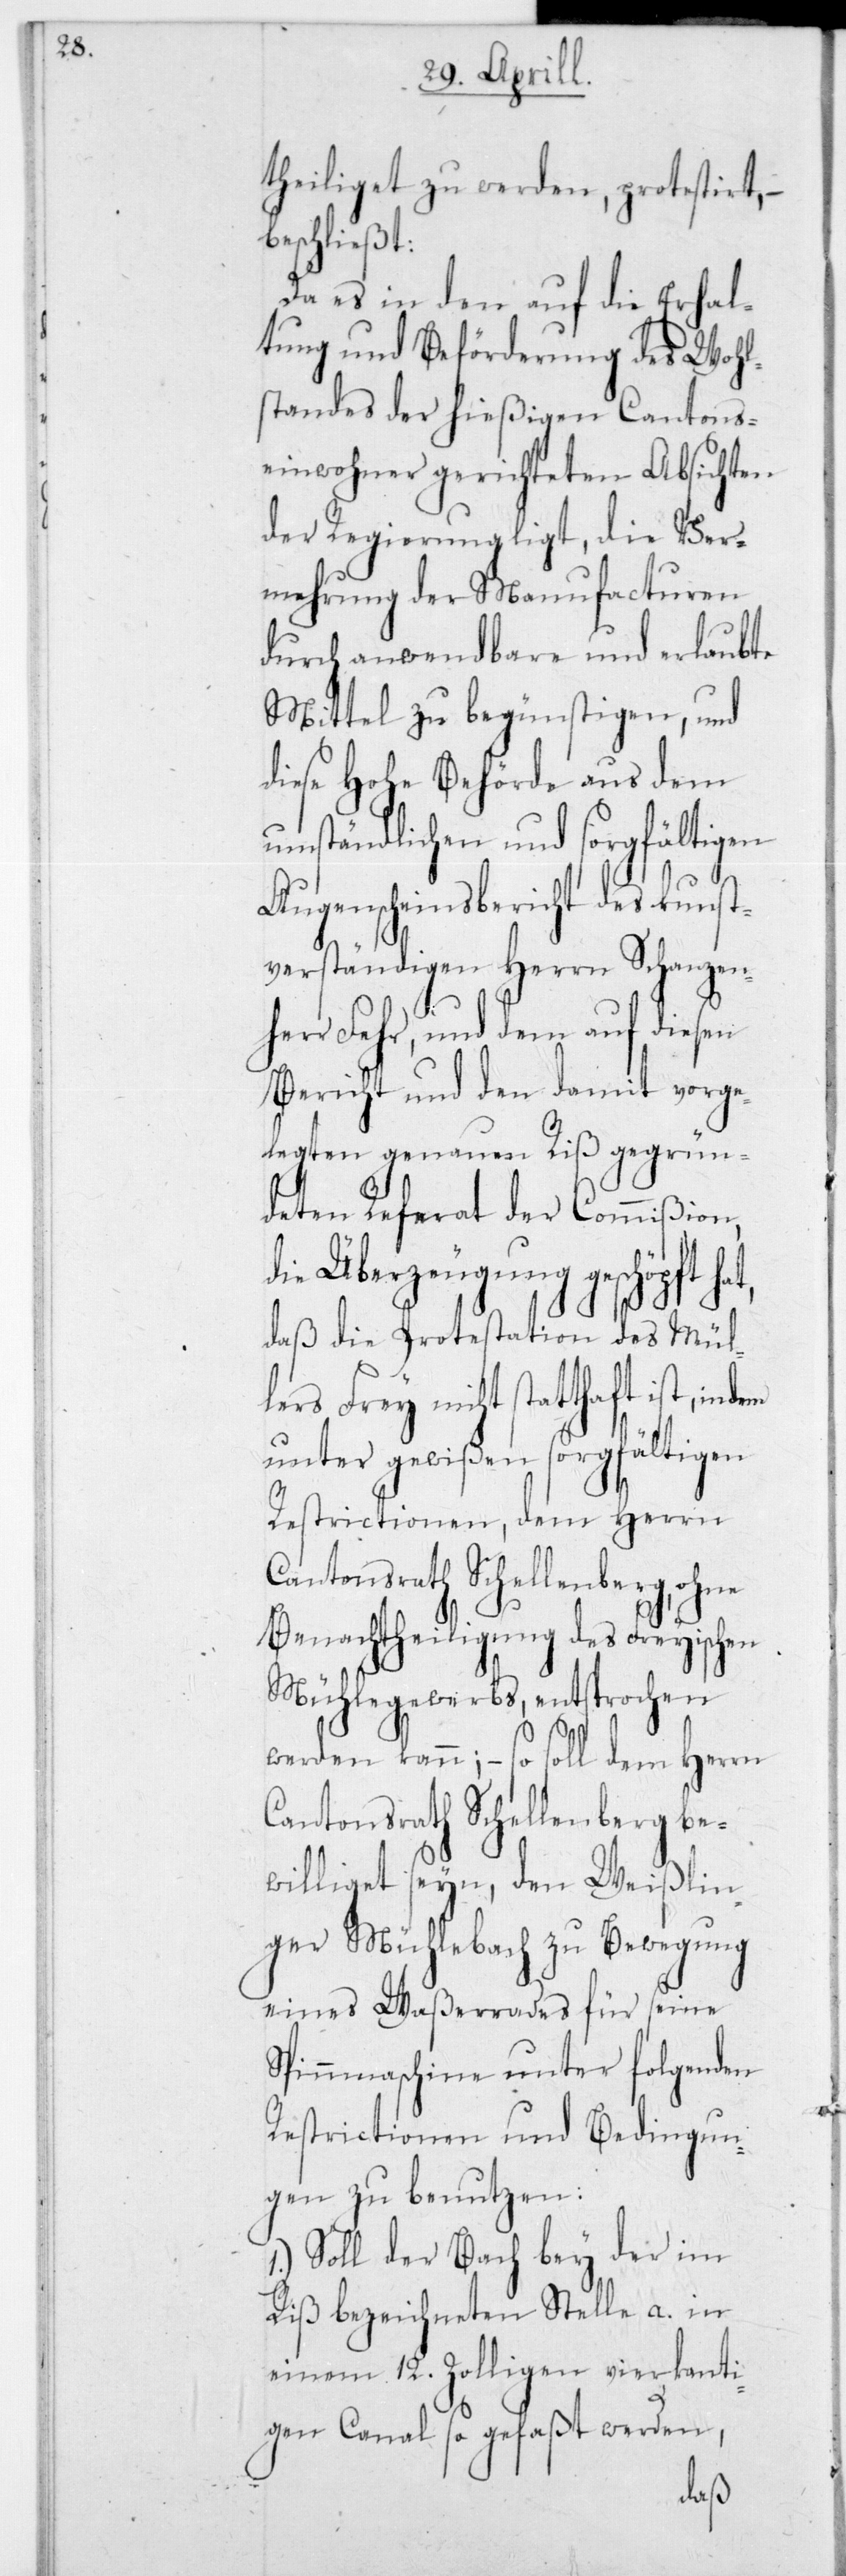
theiliget zu werden, protestiert,
beschließt:
Da es in den auf die Erhal¬
tung und Beförderung des Wohl¬
standes der hießigen Cantons¬
einwohner gerichteten Absichten
der Regierung liegt, die Ver¬
mehrung der Manufacturen
durch anwendbare und erlaubte
Mittel zu begünstigen, und
diese Hohe Behörde aus dem
umständlichen und sorgfältigen
Augenscheinsbericht des kunst¬
verständigen Herrn Schanzen¬
herr Fehr, und dem auf diesen
Bericht und den damit vorge¬
legten genauen Riß gegrün¬
deten Referat der Commißion,
die Überzeugung geschöpft
daß die Protestation des Mül¬
lers Frey nicht statthaft ist,
unter gewißen sorgfältigen
Restrictionen, dem Herrn
Cantonsrath Schellenberg,
Benachtheiligung des Freyischen
Mühlegewerbs, entsprochen
werden kann; – so soll dem Herrn
Cantonsrath Schellenberg be¬
williget seyn, den Weißlin¬
ger Mühlebach zu Bewegung
eines Waßerrades für seine
Spinnmaschine unter folgenden
Restrictionen und Bedingun¬
gen zu benutzen:
1.) Soll der Bach bey der im
Riß bezeichneten Stelle a. in
einem 12 Zolligen vierkanti¬
gen Canal so gefaßt werden,